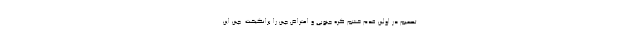
تصمیم در اولین قدم خشم کره جنوبی و اعتراض چین را برانگیخت. چین این